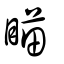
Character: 瞄